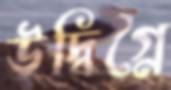
উদ্বিগ্নে